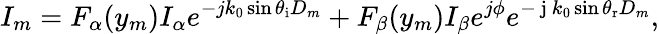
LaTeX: I_{m}=F_{\alpha}(y_{m})I_{\alpha}e^{-jk_{0}\sin\theta_{\mathrm{i}}D_{m}}+F_{\beta}(y_{m})I_{\beta}e^{j\phi}e^{-\mathrm{~j~}k_{0}\sin\theta_{\mathrm{r}}D_{m}},